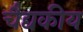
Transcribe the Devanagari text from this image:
चैद्यकीय